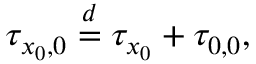
\tau _ { x _ { 0 } , 0 } \stackrel { d } { = } \tau _ { x _ { 0 } } + \tau _ { 0 , 0 } ,